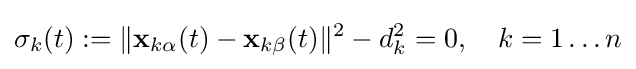
\sigma _{k}(t):=\|\mathbf {x} _{k\alpha }(t)-\mathbf {x} _{k\beta }(t)\|^{2}-d_{k}^{2}=0,\quad k=1\ldots n